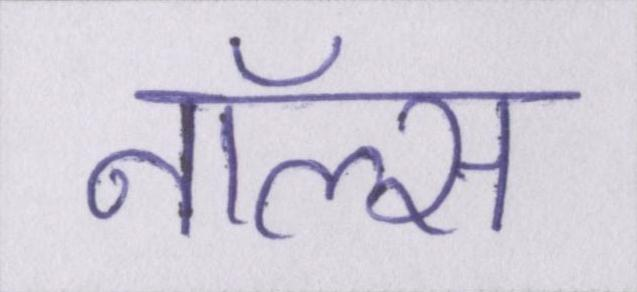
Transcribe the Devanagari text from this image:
नॉल्स